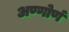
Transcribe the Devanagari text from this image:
अण्णोणं